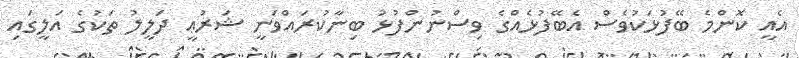
އެއީ ކޮންމެ ބޭފުޅަކުވެސް އެބޭފުޅެއްގެ ވިސްނުންފުޅު ބިނާކުރައްވަނީ ޝަރުޢީ ދަލީލު ތަކުގެ އަލީގައި